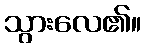
သွားလေ၏။